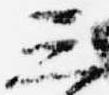
三